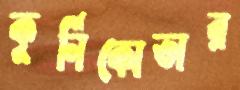
কুর্নিকোভার